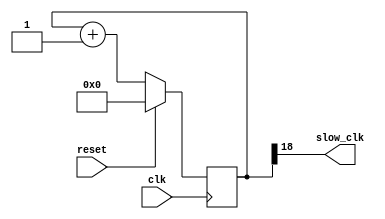
`timescale 1ns / 1ps
//////////////////////////////////////////////////////////////////////////////////
// Company: 
// Engineer: 
// 
// Design Name: 
// Module Name: clk_div_disp
// Project Name: 
// Target Devices: 
// Tool Versions: 
// Description: 
// 
// Dependencies: 
// 
// Revision:
// Revision 0.01 - File Created
// Additional Comments:
// 
//////////////////////////////////////////////////////////////////////////////////


module clk_div_an0(
    input clk,
    input reset,
    output slow_clk
    );
    
    reg [18:0] COUNT;      //.01 sec
    
    assign slow_clk=COUNT[18];  
    
    always @(posedge clk)
    begin 
    if (reset)
        COUNT = 0;
    else 
        COUNT = COUNT + 1;
    end
endmodule